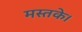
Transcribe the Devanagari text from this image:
मस्तके।